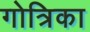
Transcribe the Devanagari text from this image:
गोत्रिका